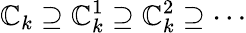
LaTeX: \mathbb{C}_{k}\supseteq\mathbb{C}_{k}^{1}\supseteq\mathbb{C}_{k}^{2}\supseteq\cdots